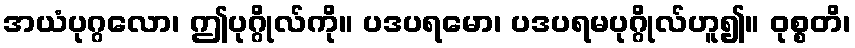
အယံပုဂ္ဂလော၊ ဤပုဂ္ဂိုလ်ကို။ ပဒပရမော၊ ပဒပရမပုဂ္ဂိုလ်ဟူ၍။ ဝုစ္စတိ၊